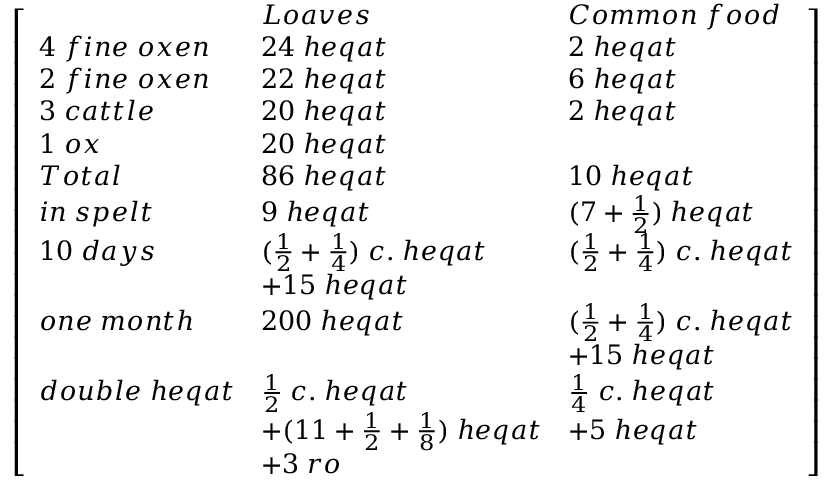
{ \left[ \begin{array} { l l l } & { L o a v e s } & { C o m m o n \; f o o d } \\ { 4 \; f i n e \; o x e n } & { 2 4 \; h e q a t } & { 2 \; h e q a t } \\ { 2 \; f i n e \; o x e n } & { 2 2 \; h e q a t } & { 6 \; h e q a t } \\ { 3 \; c a t t l e } & { 2 0 \; h e q a t } & { 2 \; h e q a t } \\ { 1 \; o x } & { 2 0 \; h e q a t } & \\ { T o t a l } & { 8 6 \; h e q a t } & { 1 0 \; h e q a t } \\ { i n \; s p e l t } & { 9 \; h e q a t } & { ( 7 + { \frac { 1 } { 2 } } ) \; h e q a t } \\ { 1 0 \; d a y s } & { ( { \frac { 1 } { 2 } } + { \frac { 1 } { 4 } } ) \; c . \; h e q a t } & { ( { \frac { 1 } { 2 } } + { \frac { 1 } { 4 } } ) \; c . \; h e q a t } \\ & { + 1 5 \; h e q a t } & \\ { o n e \; m o n t h } & { 2 0 0 \; h e q a t } & { ( { \frac { 1 } { 2 } } + { \frac { 1 } { 4 } } ) \; c . \; h e q a t } \\ & & { + 1 5 \; h e q a t } \\ { d o u b l e \; h e q a t } & { { \frac { 1 } { 2 } } \; c . \; h e q a t } & { { \frac { 1 } { 4 } } \; c . \; h e q a t } \\ & { + ( 1 1 + { \frac { 1 } { 2 } } + { \frac { 1 } { 8 } } ) \; h e q a t } & { + 5 \; h e q a t } \\ & { + 3 \; r o } & \end{array} \right] }